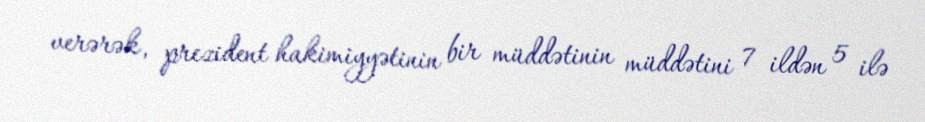
verərək, prezident hakimiyyətinin bir müddətinin müddətini 7 ildən 5 ilə